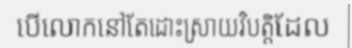
បើលោកនៅតែដោះស្រាយវិបត្តិដែល